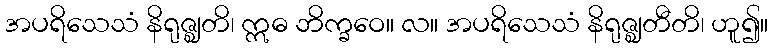
အပရိသေသံ နိရုဇ္ဈတိ၊ ဣဓ ဘိက္ခဝေ။ လ။ အပရိသေသံ နိရုဇ္ဈတီတိ၊ ဟူ၍။